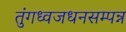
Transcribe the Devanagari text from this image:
तुंगध्वजधनसम्पन्न